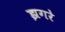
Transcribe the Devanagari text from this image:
झगरे